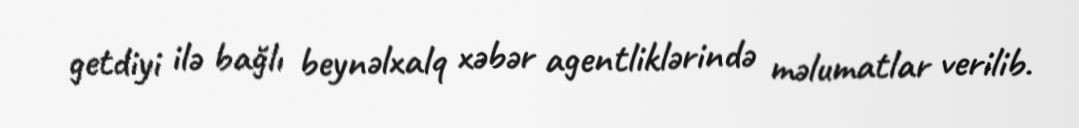
getdiyi ilə bağlı beynəlxalq xəbər agentliklərində məlumatlar verilib.